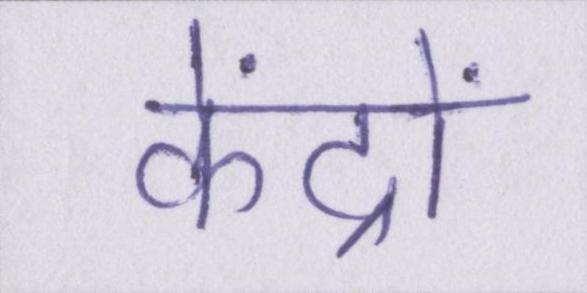
केंद्रों